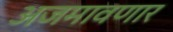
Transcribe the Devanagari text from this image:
अजमावणार